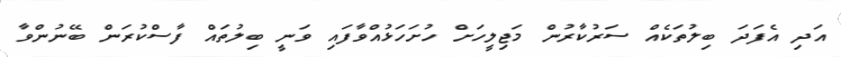
އަދި އެފަދަ ބިލުތަކެއް ސަރުކާރުން މަޖިލީހަށް ހުށަހަޅުއްވާފައި ވަނީ ބިލުތައް ފާސްކުރަން ބޭނުންވާ